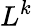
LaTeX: L^{k}